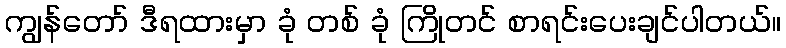
ကျွန်တော် ဒီရထားမှာ ခုံ တစ် ခုံ ကြိုတင် စာရင်းပေးချင်ပါတယ်။